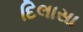
દિલાસા